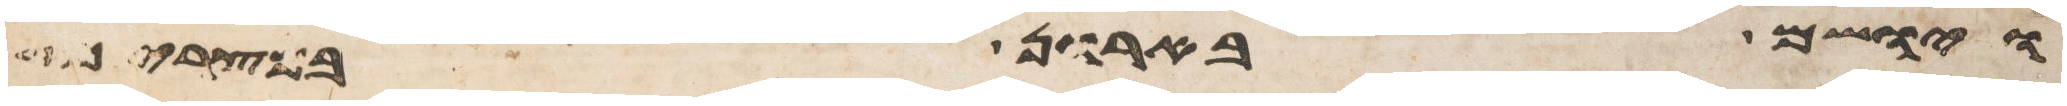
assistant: ויושם בארן במצרים